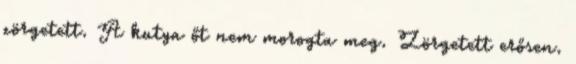
zörgetett. A kutya őt nem morogta meg. Zörgetett erősen.